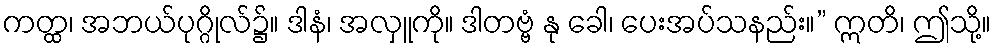
ကတ္ထ၊ အဘယ်ပုဂ္ဂိုလ်၌။ ဒါနံ၊ အလှူကို။ ဒါတဗ္ဗံ နု ခေါ၊ ပေးအပ်သနည်း။” ဣတိ၊ ဤသို့။